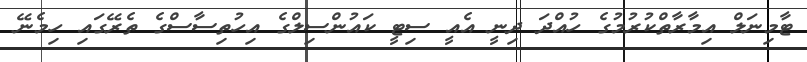
ޓާމިނަލް އިމާރާތްކުރުމުގެ ހުއްދަ ދިނީ އެއީ ސިޓީ ކައުންސިލްގެ އިހުތިސާސްގެ ތެރޭގައި ހިމެނޭ